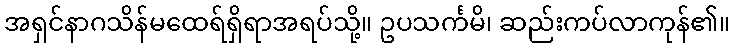
အရှင်နာဂသိန်မထေရ်ရှိရာအရပ်သို့။ ဥပသင်္ကမိ၊ ဆည်းကပ်လာကုန်၏။